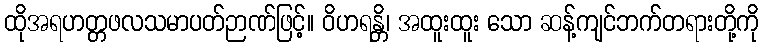
ထိုအရဟတ္တဖလသမာပတ်ဉာဏ်ဖြင့်။ ဝိဟရန္တိ၊ အထူးထူး သော ဆန့်ကျင်ဘက်တရားတို့ကို